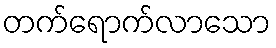
တက်ရောက်လာသော